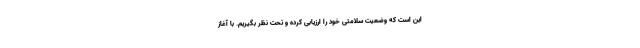
این است که وضعیت سلامتی خود را ارزیابی کرده و تحت نظر بگیریم. با آغاز